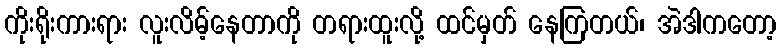
ကိုးရိုးကားရား လူးလိမ့်နေတာကို တရားထူးလို့ ထင်မှတ် နေကြတယ်၊ အဲဒါကတော့